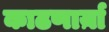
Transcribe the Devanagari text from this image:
काढणार्य़ा